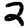
Digit: 2